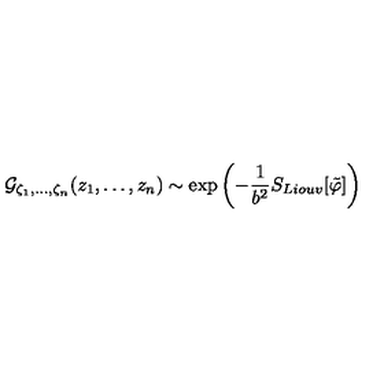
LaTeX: { \cal G } _ { \zeta _ { 1 } , \ldots , \zeta _ { n } } ( z _ { 1 } , \ldots , z _ { n } ) \sim \exp { \left( - { \frac { 1 } { b ^ { 2 } } } S _ { L i o u v } [ \tilde { \varphi } ] \right) }